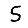
Digit: 5